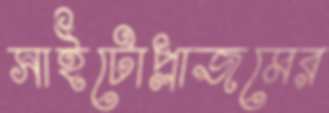
সাইটোপ্লাজমের